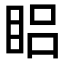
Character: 𥆻